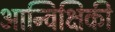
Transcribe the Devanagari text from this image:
आन्विक्षिकी